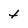
Character: t